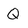
Character: Q